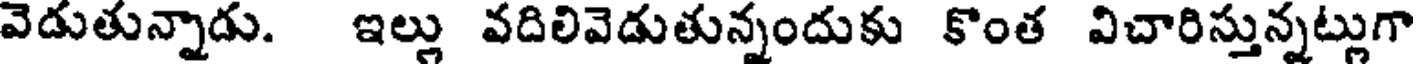
వెడుతున్నాడు. ఇల్లు వదిలివెడుతున్నందుకు కొంత విచారిస్తున్నట్లుగా